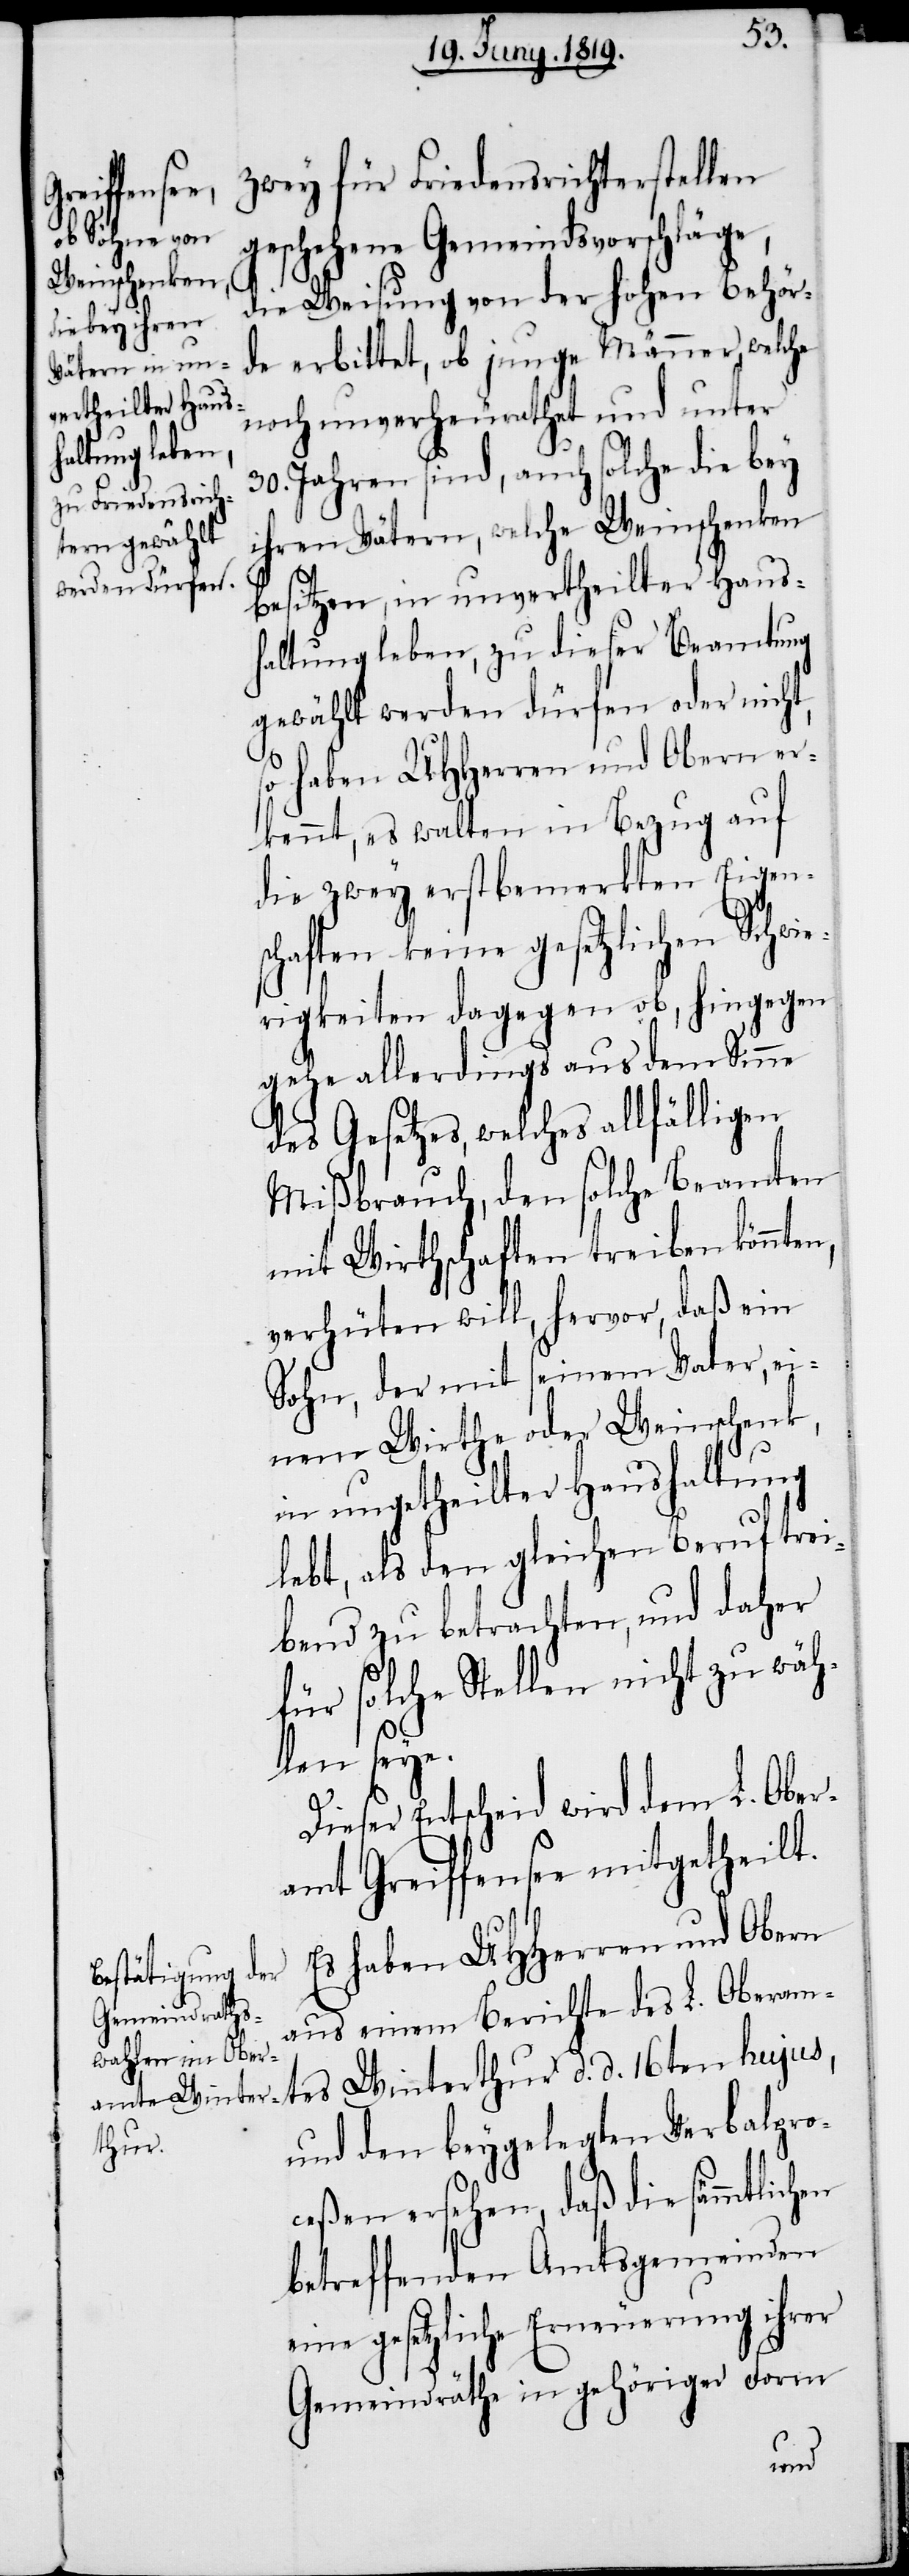
zwey für Friedensrichterstellen
geschehene Gemeindsvorschläge,
die Weisung von der hohen Behör¬
de erbittet, ob junge Männer, welche
noch unverheurathet und unter
30. Jahren sind, auch solche die bey
ihren Vätern, welche Weinschenken
besitzen, in unvertheilter Haush¬
altung leben, zu dieser Beamtung
gewählt werden dürfen oder nicht,
so haben UHHerren und Obern er¬
kennt, es walten in Bezug auf
die zwey erstbemerkten Eigens¬
chaften keine gesetzlichen Schwi¬
erigkeiten dagegen ob, hingegen
gehe allerdings aus dem Sinne
des Gesetzes, welches allfälligen
Mißbrauch, den solche Beamten
mit Wirthschaften treiben könnten,
verhüten will, hervor, daß ein
Sohn, der mit seinem Vater ei¬
nem Wirthe oder Weinschenk,
in ungetheilter Haushaltung
lebt, als den gleichen Beruf trei¬
bend zu betrachten, und daher
für solche Stellen nicht zu wäh¬
len seye.
Dieser Entscheid wird dem L. Ober¬
amt Greiffensee mitgetheilt.
Es haben UHHerren und Obern
aus einem Berichte des L. Oberam¬
tes Winterthur d. d. 16ten hujus,
und den beygelegten Verbalpro¬
ceßen ersehen, daß die sämmtlich¬
betreffenden Amtsgemeinden
eine gesetzliche Erneuerung ihrer
Gemeindräthe in gehöriger Form
en